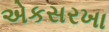
એકસરખા